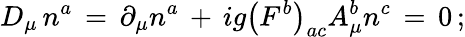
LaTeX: D_{\mu}\, n^{a}\, =\, \partial_{\mu}n^{a}\, +\, ig\left(F^{b}\right)_{ac}A_{\mu}^{b}n^{c}\, =\, 0\, ;